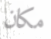
مكان